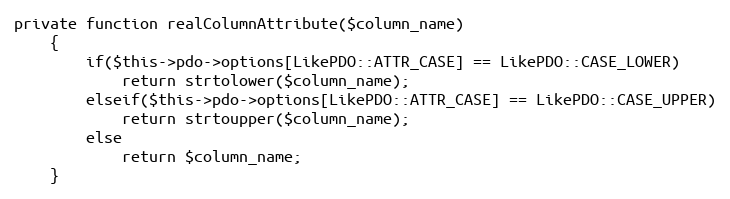
Language: PHP
private function realColumnAttribute($column_name)
	{
		if($this->pdo->options[LikePDO::ATTR_CASE] == LikePDO::CASE_LOWER)
			return strtolower($column_name);
		elseif($this->pdo->options[LikePDO::ATTR_CASE] == LikePDO::CASE_UPPER)
			return strtoupper($column_name);
		else
			return $column_name;
	}